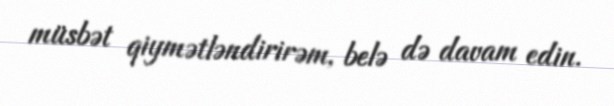
müsbət qiymətləndirirəm, belə də davam edin.